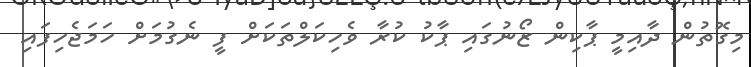
މިގޮތުން ދާއިމީ ޕާކިން ޒޯނުގައި ޕާކު ކުރާ ވެހިކަލްތަކަށް ފީ ނެގުމަށް ހަމަޖެހިފައި